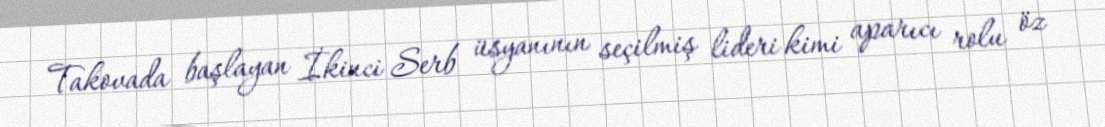
Takovada başlayan İkinci Serb üsyanının seçilmiş lideri kimi aparıcı rolu öz